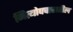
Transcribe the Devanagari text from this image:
नित्योपचारातील